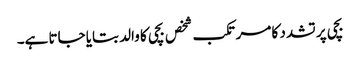
بچی پر تشدد کا مرتکب شخص بچی کا والد بتایا جاتا ہے۔